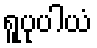
ရူပုပါယံ